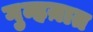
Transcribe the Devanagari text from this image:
गुन्हय़ात